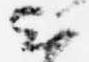
云